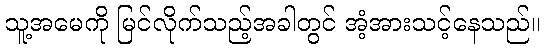
သူ့အမေကို မြင်လိုက်သည့်အခါတွင် အံ့အားသင့်နေသည်။